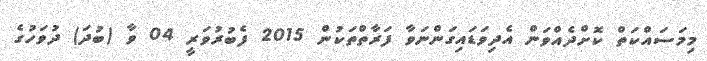
މިމަސައްކަތް ކޮށްދެއްވަން އެދިވަޑައިގަންނަވާ ފަރާތްތަކުން 2015 ފެބުރުވަރީ 04 ވާ (ބުދަ) ދުވަހުގެ